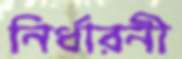
নির্ধারনী